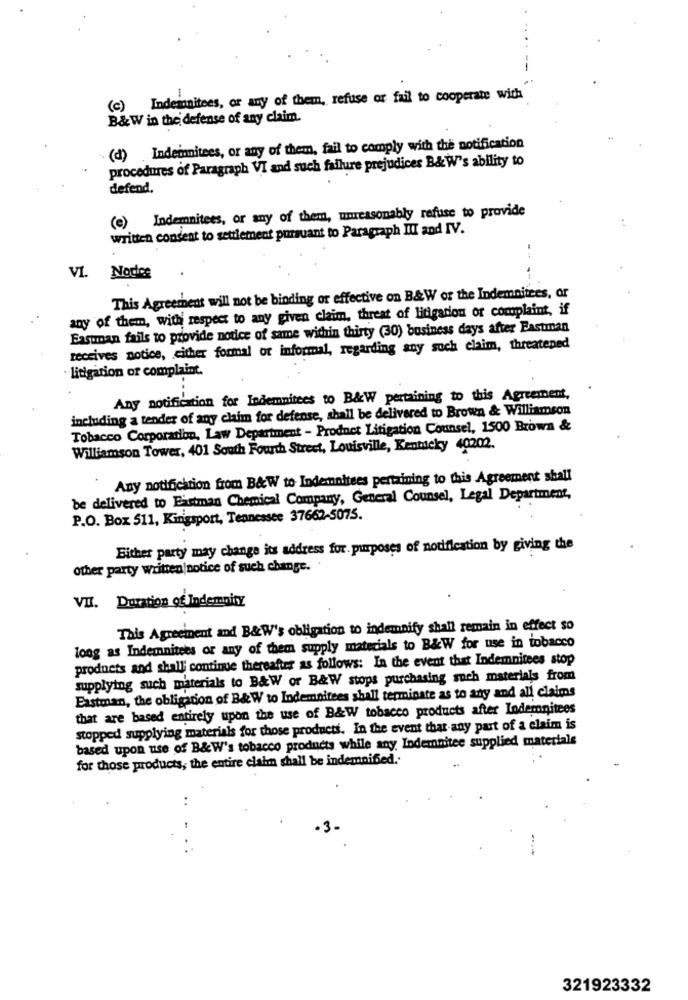
-
(c) Indemnitees, or any of them, refuse or fail to cooperate with
B&W in the defense of any claim.
(d) Indemnitees, or any of them, fail to comply with the notification
procedures of Paragraph VI and such failure prejudices B& W's ability to
defend.
(e) Indemnitees, or any of them, unreasonably refuse to provide
written consent to settlement pursuant to Paragraph Ill and IV.
VI. Nodice
This Agreement will not be binding or effective on B&W or the Indemnitees, or
any of them, with respect to any given claim, threat of litigation or complaint, if
Easunan fails to provide notice of same within thirty (30) business days after Eastman
receives notice, cither formal or informal, regarding any such claim, threatened
litigation or complaint.
Any notification for Indemnitees to B&W pertaining to this Agreement,
including a tender of any claim for defense, shall be delivered to Brown & Williamson
Tobacco Corporation, Law Department - Product Litigation Counsel, 1500 Brown &
Williamson Tower, 401 South Fourth Street, Louisville, Kentucky 40202.
Any notification from B&W to Indemnitees pertaining to this Agreement shall
be delivered to Eistman Chemical Company, General Counsel, Legal Department,
P.O. Box 511, Kingsport, Tennessee 37662-5075.
Either party may change its address for. purposes of notification by giving the
other party written notice of such change.
VII. Duration of Indemnity
This Agreement and B&W's obligation to indemnify shall remain in effect so
long as Indemnitees or any of them supply materials to B&W for use in tobacco
products and shall continue thereafter as follows: In the event that Indemnitees stop
supplying such materials to B&W or B&W stops purchasing such materials from
Eastman, the obligation of B&W to Indemnitees shall terminate as to any and all claims
that are based entirely upon the use of B&W tobacco products after Indemnitees
stopped supplying materials for those products. In the event that any part of a elaim is
based upon use of B& W's tobacco products while any, Indemnitee supplied materiale
for those products, the entire claim shall be indemnified ..
321923332